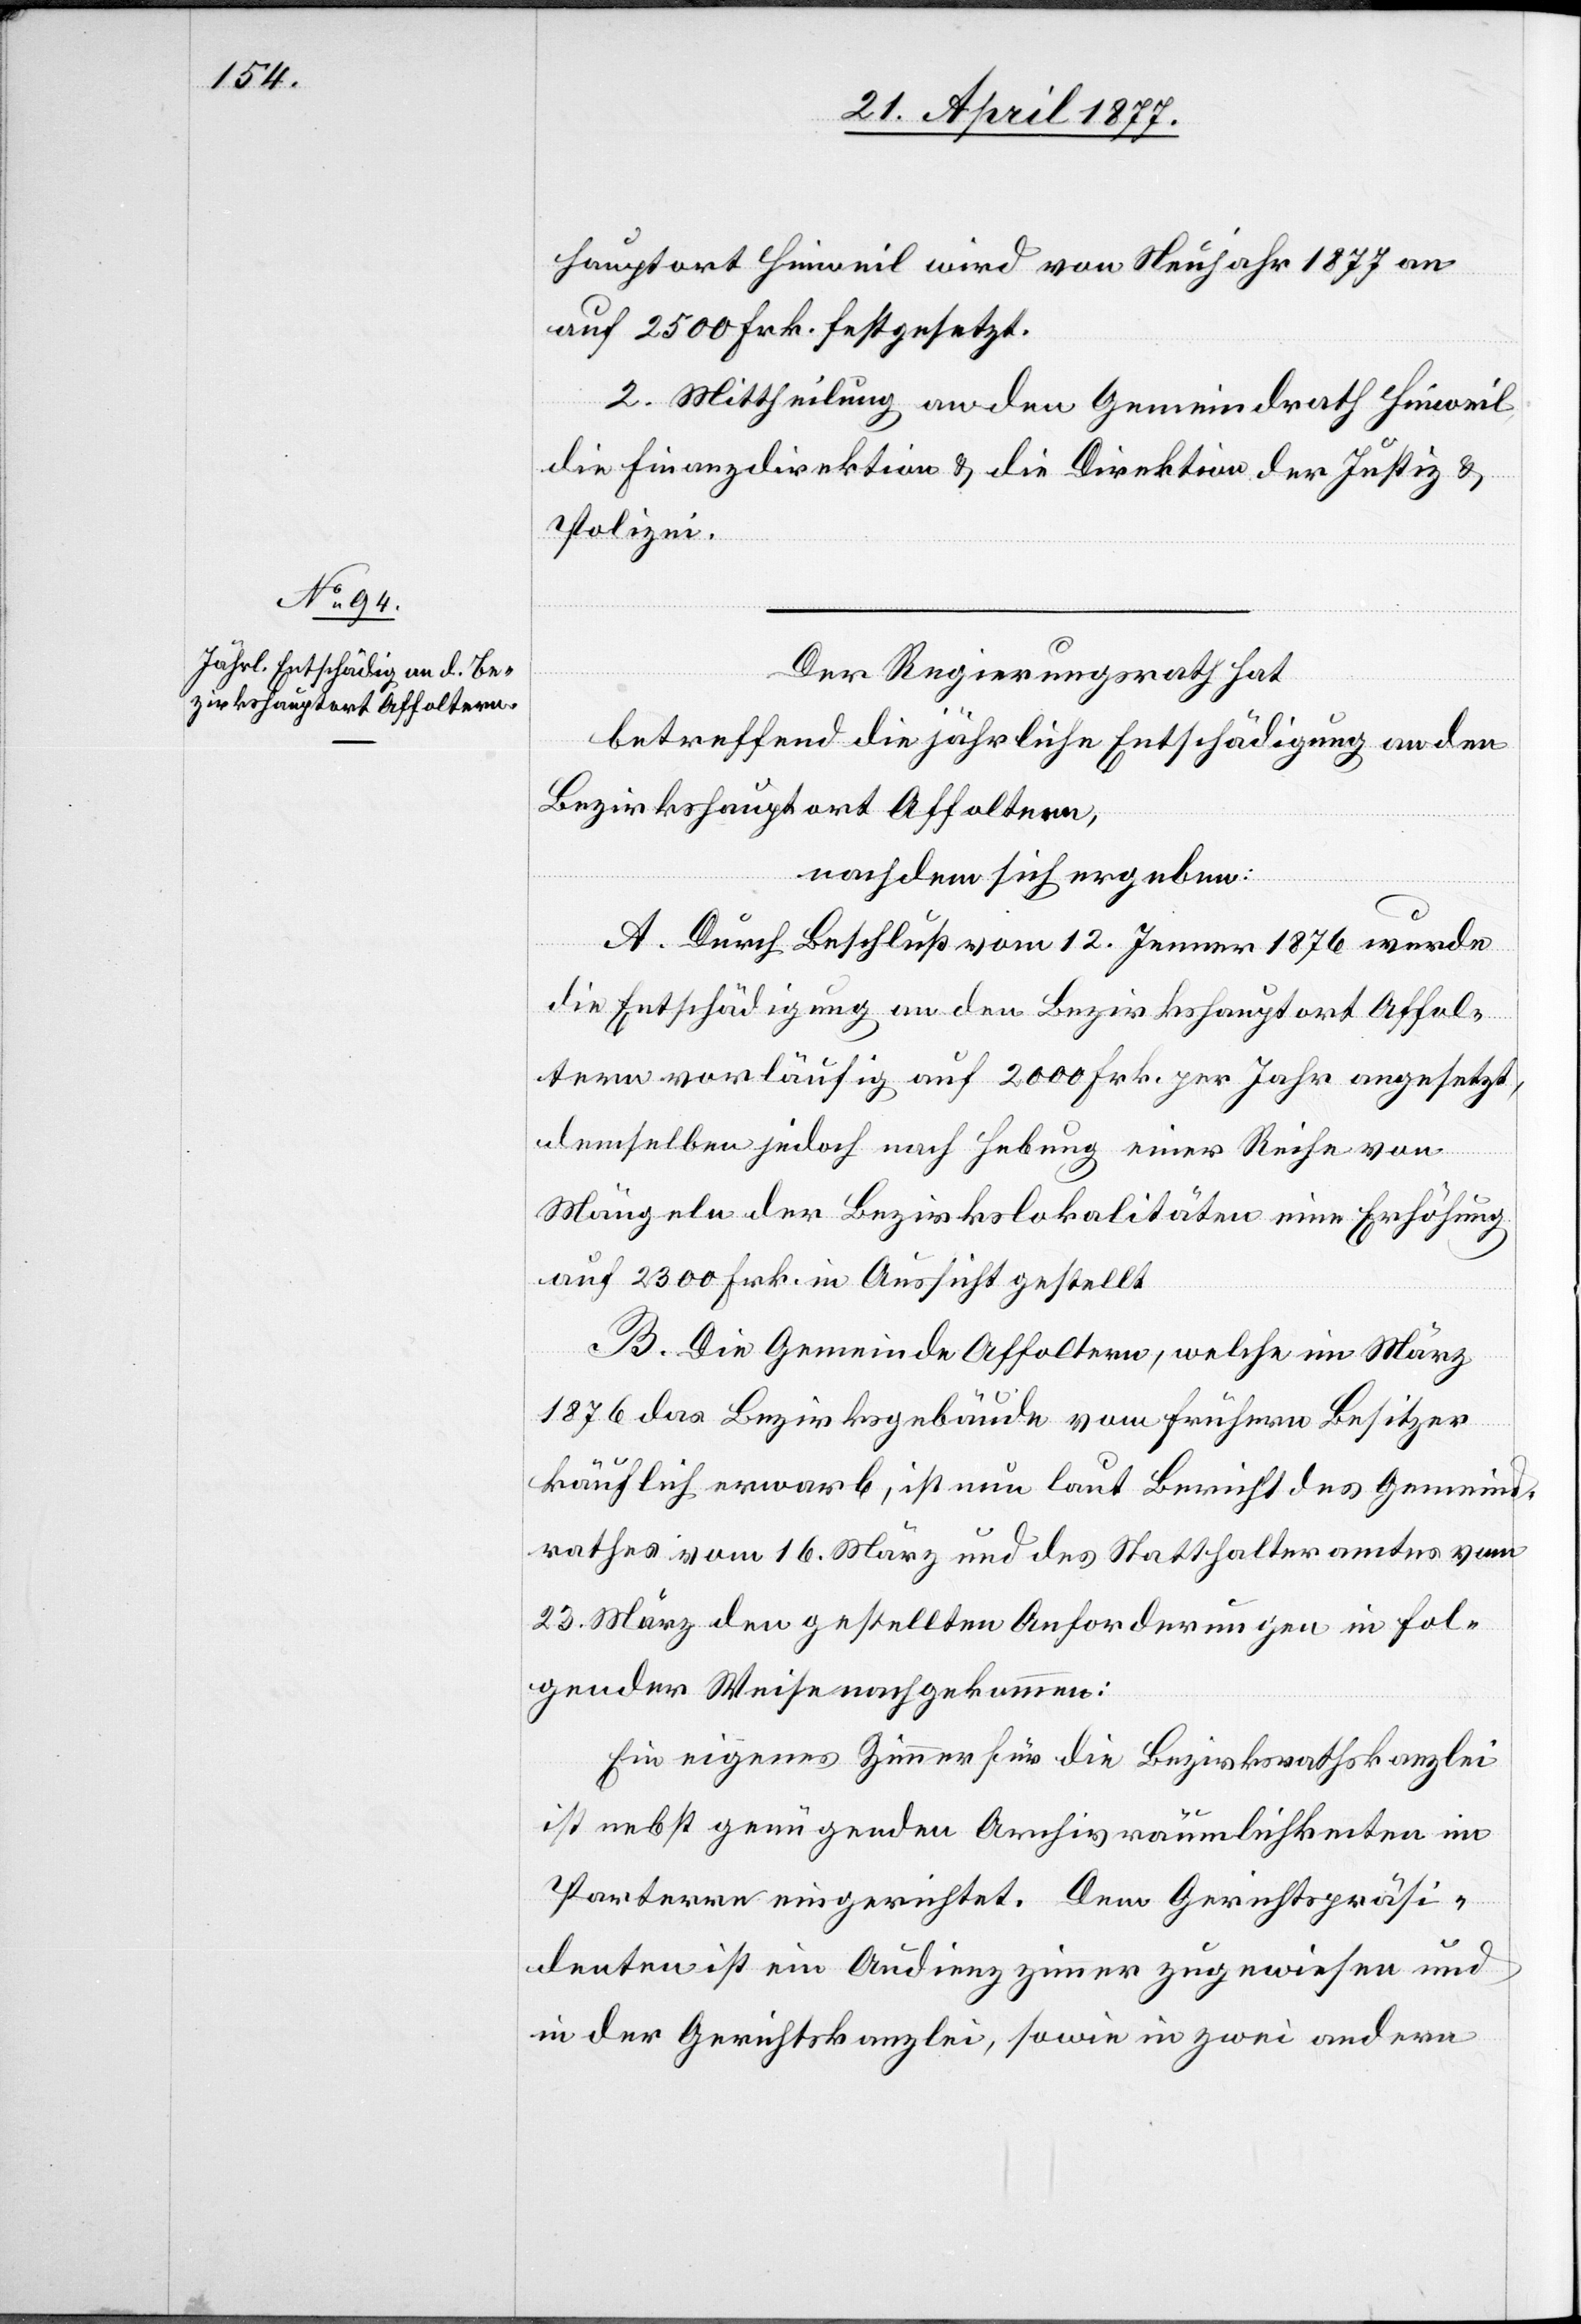
hauptort Hinweil wird von Neujahr 1877 an
2. Mittheilung an den Gemeindrath Hinweil,
die Finanzdirektion & die Direktion der Justiz &
Polizei.
Der Regierungsrath hat,
betreffend die jährliche Entschädigung an den
Bezirkshauptort Affoltern,
nachdem sich ergeben:
A. Durch Beschluß vom 12. Jenner 1876 wurde
die Entschädigung an den Bezirkshauptort Affol¬
tern vorläufig auf 2000 Frk. per Jahr angesetzt,
demselben jedoch nach Hebung einer Reihe von
Mängeln der Bezirkslokalitäten eine Erhöhung
auf 2300 Frk. in Aussicht gestellt.
B. Die Gemeinde Affoltern, welche im März
1876 das Bezirksgebäude vom frühern Besitzer
käuflich erwarb, ist nun laut Bericht des Gemeind¬
rathes vom 16. März und des Statthalteramtes vom
23. März den gestellten Anforderungen in fol¬
gender Weise nachgekommen:
Ein eigenes Zimmer für die Bezirksrathskanzlei
ist nebst genügenden Archivräumlichkeiten im
Parterre eingerichtet. Dem Gerichtspräsi¬
denten ist ein Audienzzimmer zugewiesen und
in der Gerichtskanzlei, sowie in zwei andern